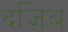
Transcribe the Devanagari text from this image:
दज़िब